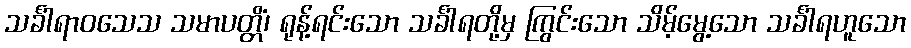
သင်္ခါရာဝသေသ သမာပတ္တိံ၊ ရုန့်ရင်းသော သင်္ခါရတို့မှ ကြွင်းသော သိမ့်မွေ့သော သင်္ခါရဟူသော